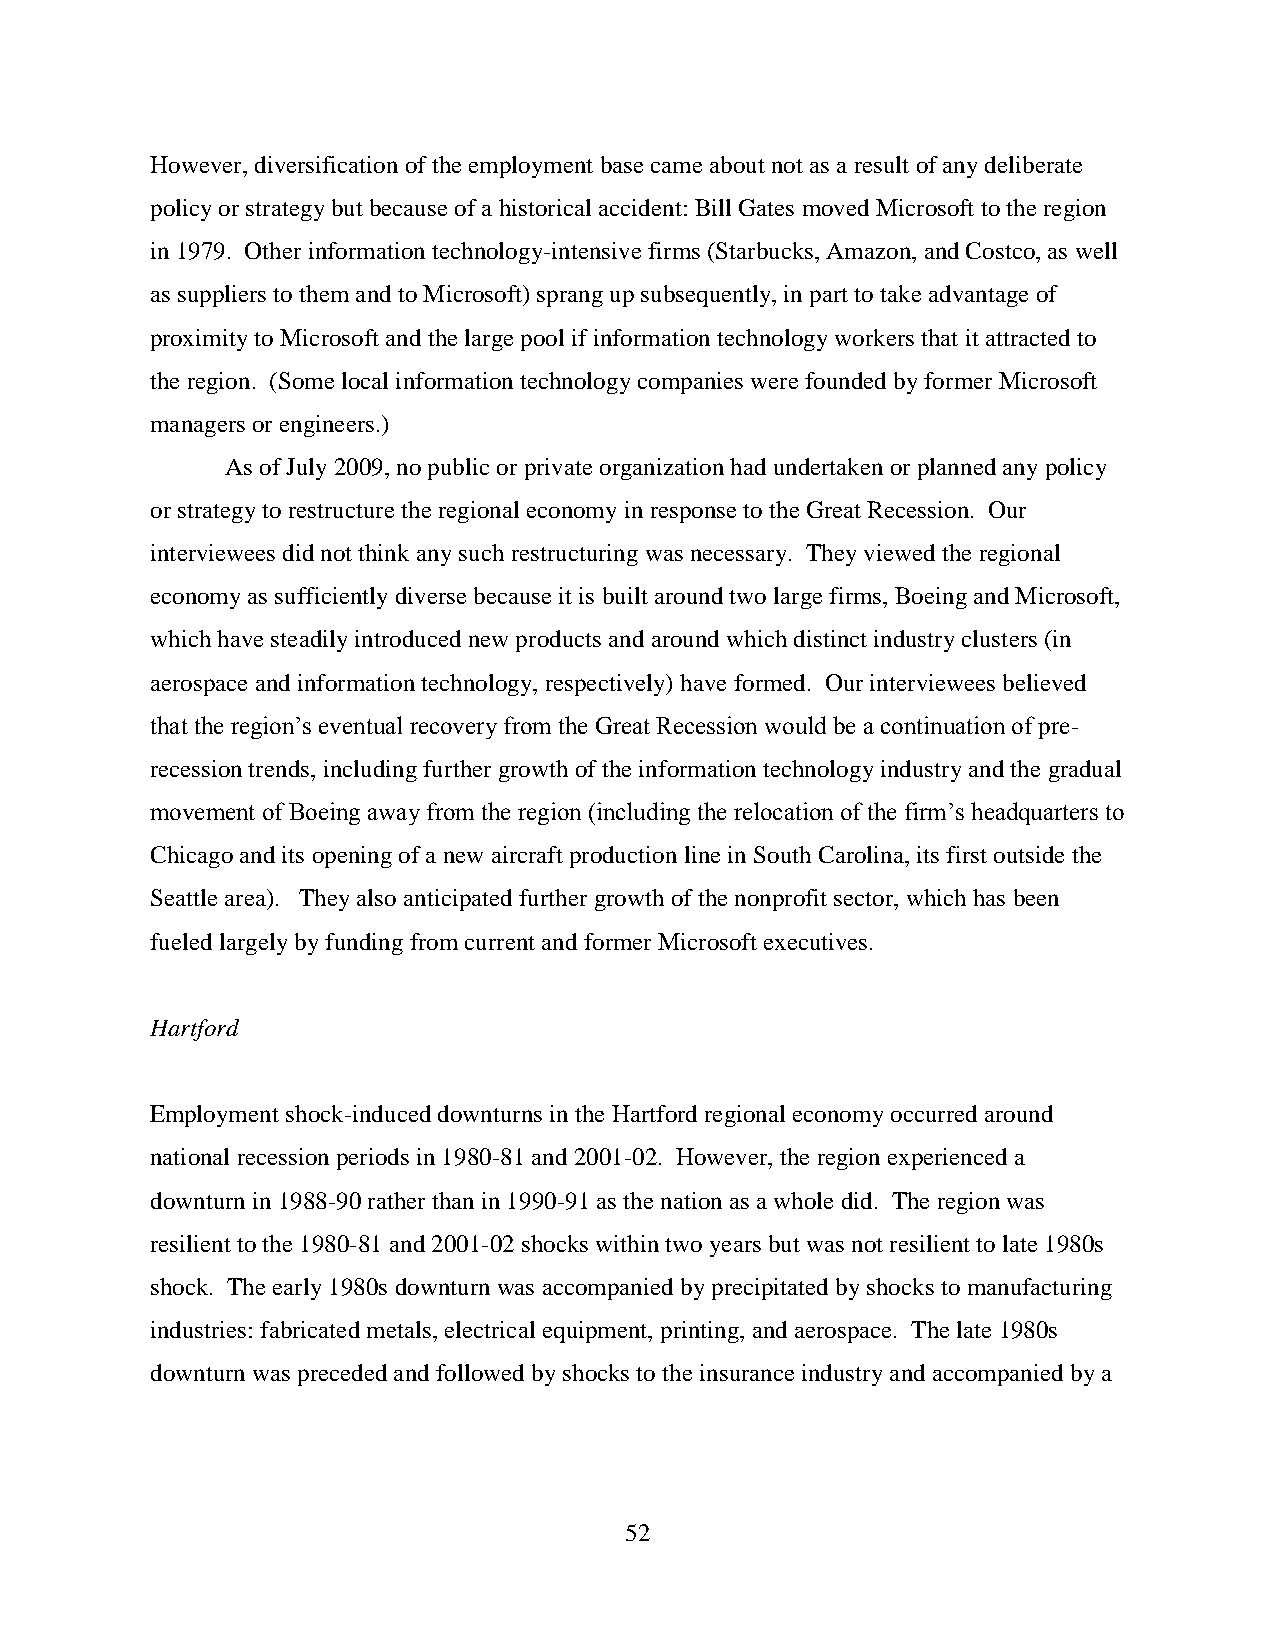
However, diversification of the employment base came about not as a result of any deliberate
 policy or strategy but because of a historical accident: Bill Gates moved Microsoft to the region
 in 1979. Other information technology-intensive firms (Starbucks, Amazon, and Costco, as well
 as suppliers to them and to Microsoft) sprang up subsequently, in part to take advantage of
 proximity to Microsoft and the large pool if information technology workers that it attracted to
 the region. (Some local information technology companies were founded by former Microsoft
 managers or engineers.)
 As of July 2009, no public or private organization had undertaken or planned any policy
 or strategy to restructure the regional economy in response to the Great Recession. Our
 interviewees did not think any such restructuring was necessary. They viewed the regional
 economy as sufficiently diverse because it is built around two large firms, Boeing and Microsoft,
 which have steadily introduced new products and around which distinct industry clusters (in
 aerospace and information technology, respectively) have formed. Our interviewees believed
 that the region’s eventual recovery from the Great Recession would be a continuation of pre-
 recession trends, including further growth of the information technology industry and the gradual
 movement of Boeing away from the region (including the relocation of the firm’s headquarters to
 Chicago and its opening of a new aircraft production line in South Carolina, its first outside the
 Seattle area). They also anticipated further growth of the nonprofit sector, which has been
 fueled largely by funding from current and former Microsoft executives.
 Hartford
 Employment shock-induced downturns in the Hartford regional economy occurred around
 national recession periods in 1980-81 and 2001-02. However, the region experienced a
 downturn in 1988-90 rather than in 1990-91 as the nation as a whole did. The region was
 resilient to the 1980-81 and 2001-02 shocks within two years but was not resilient to late 1980s
 shock. The early 1980s downturn was accompanied by precipitated by shocks to manufacturing
 industries: fabricated metals, electrical equipment, printing, and aerospace. The late 1980s
 downturn was preceded and followed by shocks to the insurance industry and accompanied by a
 52